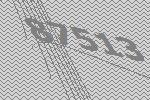
87513